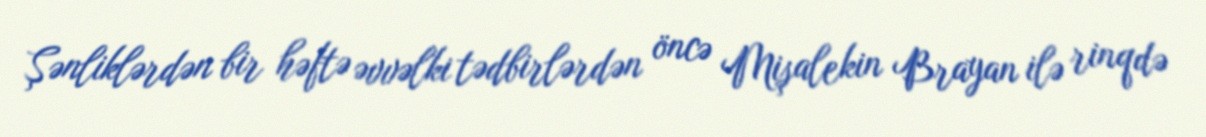
Şənliklərdən bir həftə əvvəlki tədbirlərdən öncə Mişalekin Brayan ilə rinqdə